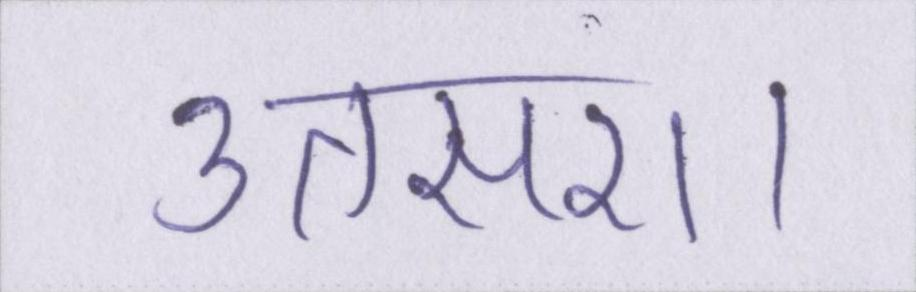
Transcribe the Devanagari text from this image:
उतसरा।